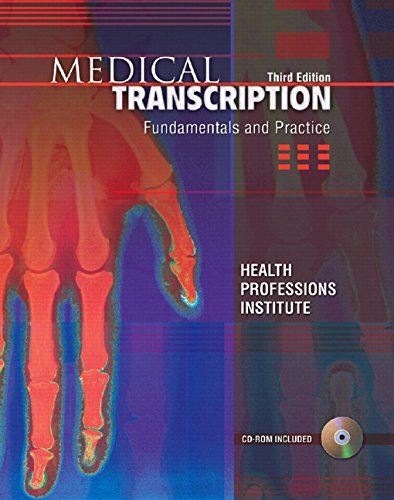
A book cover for Medical Transcription: Fundamentals and Practice (3rd Edition); HEALTH PROFESSIONS INST; Medical Books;